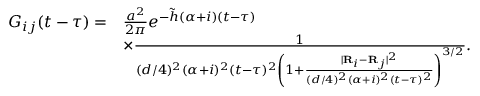
\begin{array} { r l } { G _ { i j } ( t - \tau ) = } & { \frac { a ^ { 2 } } { 2 \pi } e ^ { - \tilde { h } ( \alpha + i ) ( t - \tau ) } } \\ & { \times \frac { 1 } { ( d / 4 ) ^ { 2 } ( \alpha + i ) ^ { 2 } ( t - \tau ) ^ { 2 } \left( 1 + \frac { \lvert { \bf R } _ { i } - { \bf R } _ { j } \rvert ^ { 2 } } { ( d / 4 ) ^ { 2 } ( \alpha + i ) ^ { 2 } ( t - \tau ) ^ { 2 } } \right) ^ { 3 / 2 } } . } \end{array}